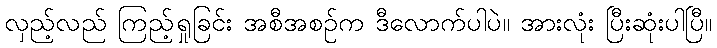
လှည့်လည် ကြည့်ရှုခြင်း အစီအစဉ်က ဒီလောက်ပါပဲ။ အားလုံး ပြီးဆုံးပါပြီ။